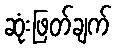
ဆုံးဖြတ်ချက်